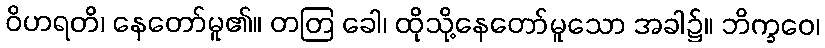
ဝိဟရတိ၊ နေတော်မူ၏။ တတြ ခေါ၊ ထိုသို့နေတော်မူသော အခါ၌။ ဘိက္ခဝေ၊